Vaccine operations Central Provinces 1886-1899 - 1886-1899
Year: 1886
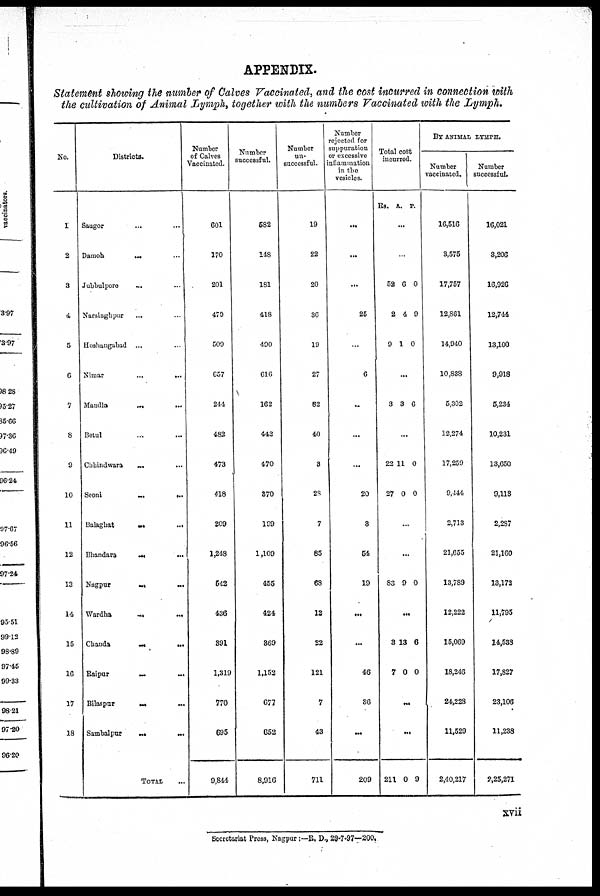
APPENDIX.
Statement showing the number of Calves Vaccinated, and the cost incurred in connection with
the cultivation of Animal Lymph, together with the numbers Vaccinated with the Lymph.
No.
1
2
3
4
5
6
7
8
9
10
11
12
13
14
15
16
17
18
Districts.
Saugor ... ...
Damoh
...
...
Jubbulpore ... ...
Narsinghpur ... ...
Hoshangabad ...
Nimar
...
...
Mandla
...
...
Betul ... ...
Chhindwara ... ...
Seoni
...
...
Balaghat
...
...
Bhandara ... ...
Nagpur
...
...
Wardha
...
...
Chanda
...
...
Raipur
...
...
Bilaspur
...
...
Sambalpur
...
TOTAL ...
Number
of Calves
Vaccinated.
601
170
201
479
509
657
244
482
473
418
209
1,248
542
436
391
1,319
770
695
9,844
Number
successful.
582
148
181
418
490
616
162
442
470
370
199
1,109
455
424
369
1,152
677
652
8,916
Number
un-
successful.
19
22
20
36
19
27
82
40
8
28
7
85
68
12
22
121
7
43
711
Number
rejected for
suppuration
or excessive
inflammation
in the
vesicles.
...
...
...
25
...
6
...
...
...
20
3
54
19
...
...
46
36
...
209
Total cost
incurred.
Rs. A. P.
...
...
52
2
9
6
4
1
0
9
0
...
3 3 6
...
22
27
11
0
0
0
...
...
83 9 0
...
3
7
13
0
6
0
...
...
211 0 9
BY ANIMAL LYMPH.
Number
vaccinated.
16,516
3,575
17,757
12,861
14,940
10,838
5,302
12,274
17,259
9,444
2,713
21,655
13,789
12,222
15,069
18,246
24,228
11,529
2,40,217
Number
successful.
16,021
3,206
16,926
12,744
13,100
9,918
5,234
10,231
13,650
9,118
2,287
21,160
13,172
11,795
14,538
17,827
23,106
11,238
2,25,271
xvii
Secretariat Press, Nagpur:—R. D., 29-7-97—200.